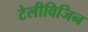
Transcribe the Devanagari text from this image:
टेलीविजिन